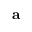
\mathbf { a }